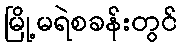
မြို့မရဲစခန်းတွင်